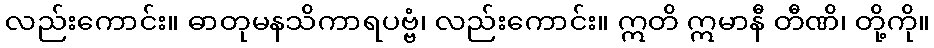
လည်းကောင်း။ ဓာတုမနသိကာရပဗ္ဗံ၊ လည်းကောင်း။ ဣတိ ဣမာနီ တီဏိ၊ တို့ကို။